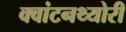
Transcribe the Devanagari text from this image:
क्‍वांटनथ्‍योरी